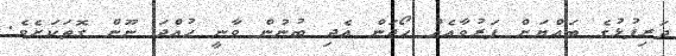
ދަރިފުޅުގެ ބައްޔަށް ފަރުވާއެއް ހޯދަން އެދި ބުނުން ވާނީ ހުއްދަ ނޫން ގޮތަކަށެވެ.